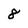
Character: 8